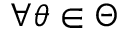
\forall \theta \in \Theta